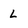
Character: L